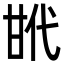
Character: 𢎌